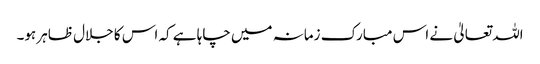
اللہ تعالیٰ نے اس مبارک زمانہ میں چاہا ہے کہ اس کا جلال ظاہر ہو۔